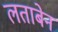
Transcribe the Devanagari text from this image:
लताबेन